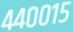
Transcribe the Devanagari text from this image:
४४००१५